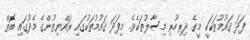
ފަދަ ޤައުމުތަކަކީ މީގެ ދިރިހުރި މިސާލުތަކެވެ. މިފަދަ ޤައުމުތަކުގައި ރައްޔިތުންގެ މެދުގައި އޮތް